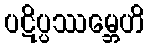
ပဋိပ္ပဿမ္ဘေဟိ